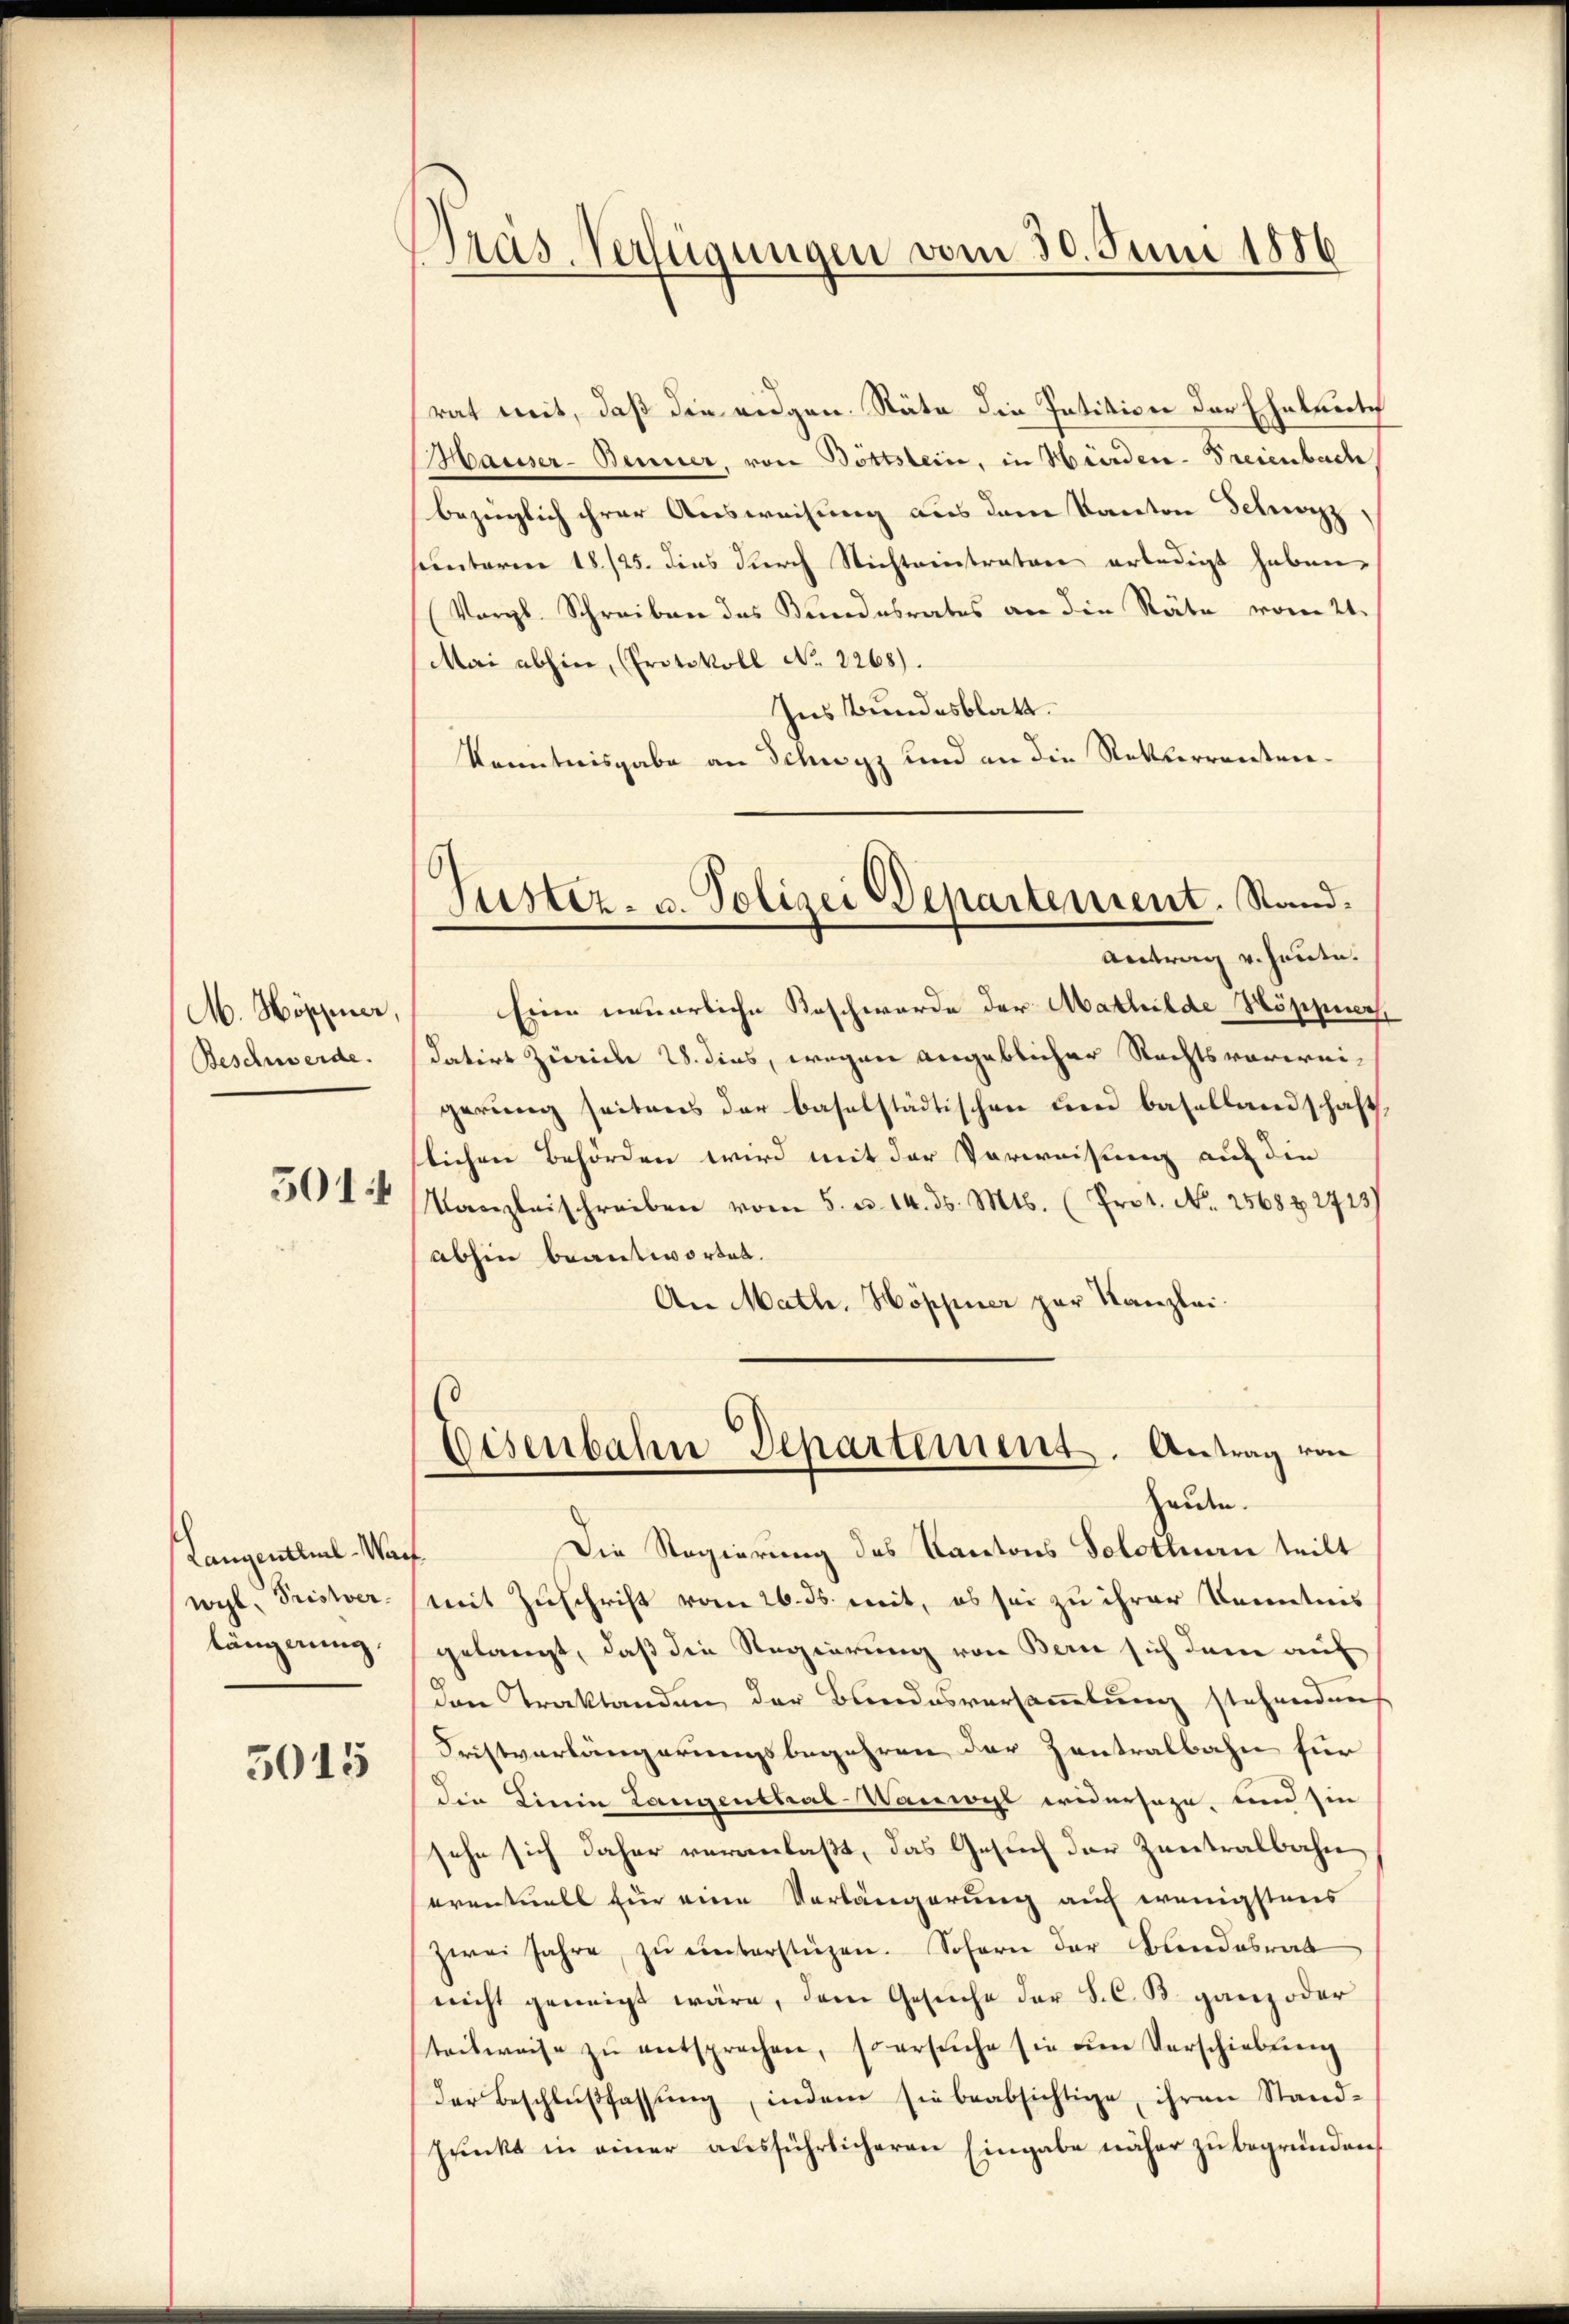
M. Höppner,
Beschwerde.
5014

Langenthal-Wais
wyl, Pristver
länglung.

5015

Pras-Verfügungen vom 30. Juni 1886

rat mit, daß die eidgen. Räte die Patition der Eheleute
Hauser- Benner, von Böttstein, in Herden. Freienbach
bezüglich ihrer Ausweisung aus dem Kanton Schwyz,
hunteren 18./25. dies durch Nichteinstratore erledigt haben.
Vergl. Schreiben des Kundesrates an die Räte vom 21.
Mai abhin, (Protokoll No 2268).
Ins Bundesblatt.
Kenntnisgabe an Schwyz und an die Retterrenten¬

Justiz- u. Polizei Departement. Stand.
Antrag v. Heute.

Eisenbahn Departement. Antrag von
Heute.

Eine neuerliche Beschwerde der Mathilde Höppiers,
datirt Zürich 28. dies, wegen angeblicher Rechtsvorweigerŭng seitens der baselstädtischen den Basellandschaft.
lichen Behörden wird mit der Vorweisung auf die
Tanzleischreiben vom 5. u. 14. ds. Mts. (Prot. No. 25688 2723)
abhin beantwortet.
An Math. Hoppner par Kanzlei.
Die Regierung des Kantons Solothurn teilt
.
mit Zuschrift vom 26. ds. mit, es sei zu ihrer Kenntnis
gelangt, daß die Regierung von Bern sich dann auf
den Traktanden der Bundesversammlung stehenden
Fristverlängerungsbegehren der Zentralbahn für
die Linia Langenthal-Waiwyl widersage, und sie
sehe sich daher veranlaßt, das Gesuch der Zentralbahn
eventuell für eine Verlängerung auf wenigstens
zwei Jahre zŭ ŭnterstüzen. Sofern der Bandesrat
nicht geneigt wäre, dem Gesuche der S. C. B. ganz oder
teilweise zŭ entsprechen, so ersŭche sie ŭm Verschiebung
der Beschlŭβfassŭng, indem sie beabsichtige, ihren Stand-
punkt in einer ausführlicheren Eingabe näher zu begründen,